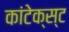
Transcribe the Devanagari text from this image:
कांटेक्स्ट